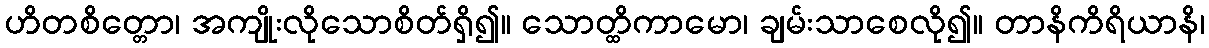
ဟိတစိတ္တော၊ အကျိုးလိုသောစိတ်ရှိ၍။ သောတ္ထိကာမော၊ ချမ်းသာစေလို၍။ တာနိကိရိယာနိ၊